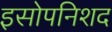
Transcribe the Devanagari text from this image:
इसोपनिशद